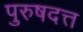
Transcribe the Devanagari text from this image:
पुरुषदत्त